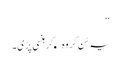
‘‘
یہ سُن کر وہ کھکھلا کر ہنسی پڑی۔